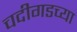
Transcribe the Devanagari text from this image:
चदीगडच्या